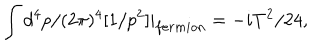
LaTeX: \int d ^ { 4 } p / ( 2 \pi ) ^ { 4 } [ 1 / p ^ { 2 } ] | _ { f e r m i o n } = - i T ^ { 2 } / 2 4 ,